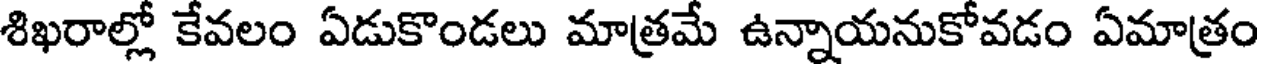
శిఖరాల్లో కేవలం ఏడుకొండలు మాత్రమే ఉన్నాయనుకోవడం ఏమాత్రం